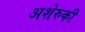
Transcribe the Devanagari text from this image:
अशेरुकी